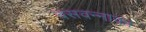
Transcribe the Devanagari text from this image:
बसवन्नाका